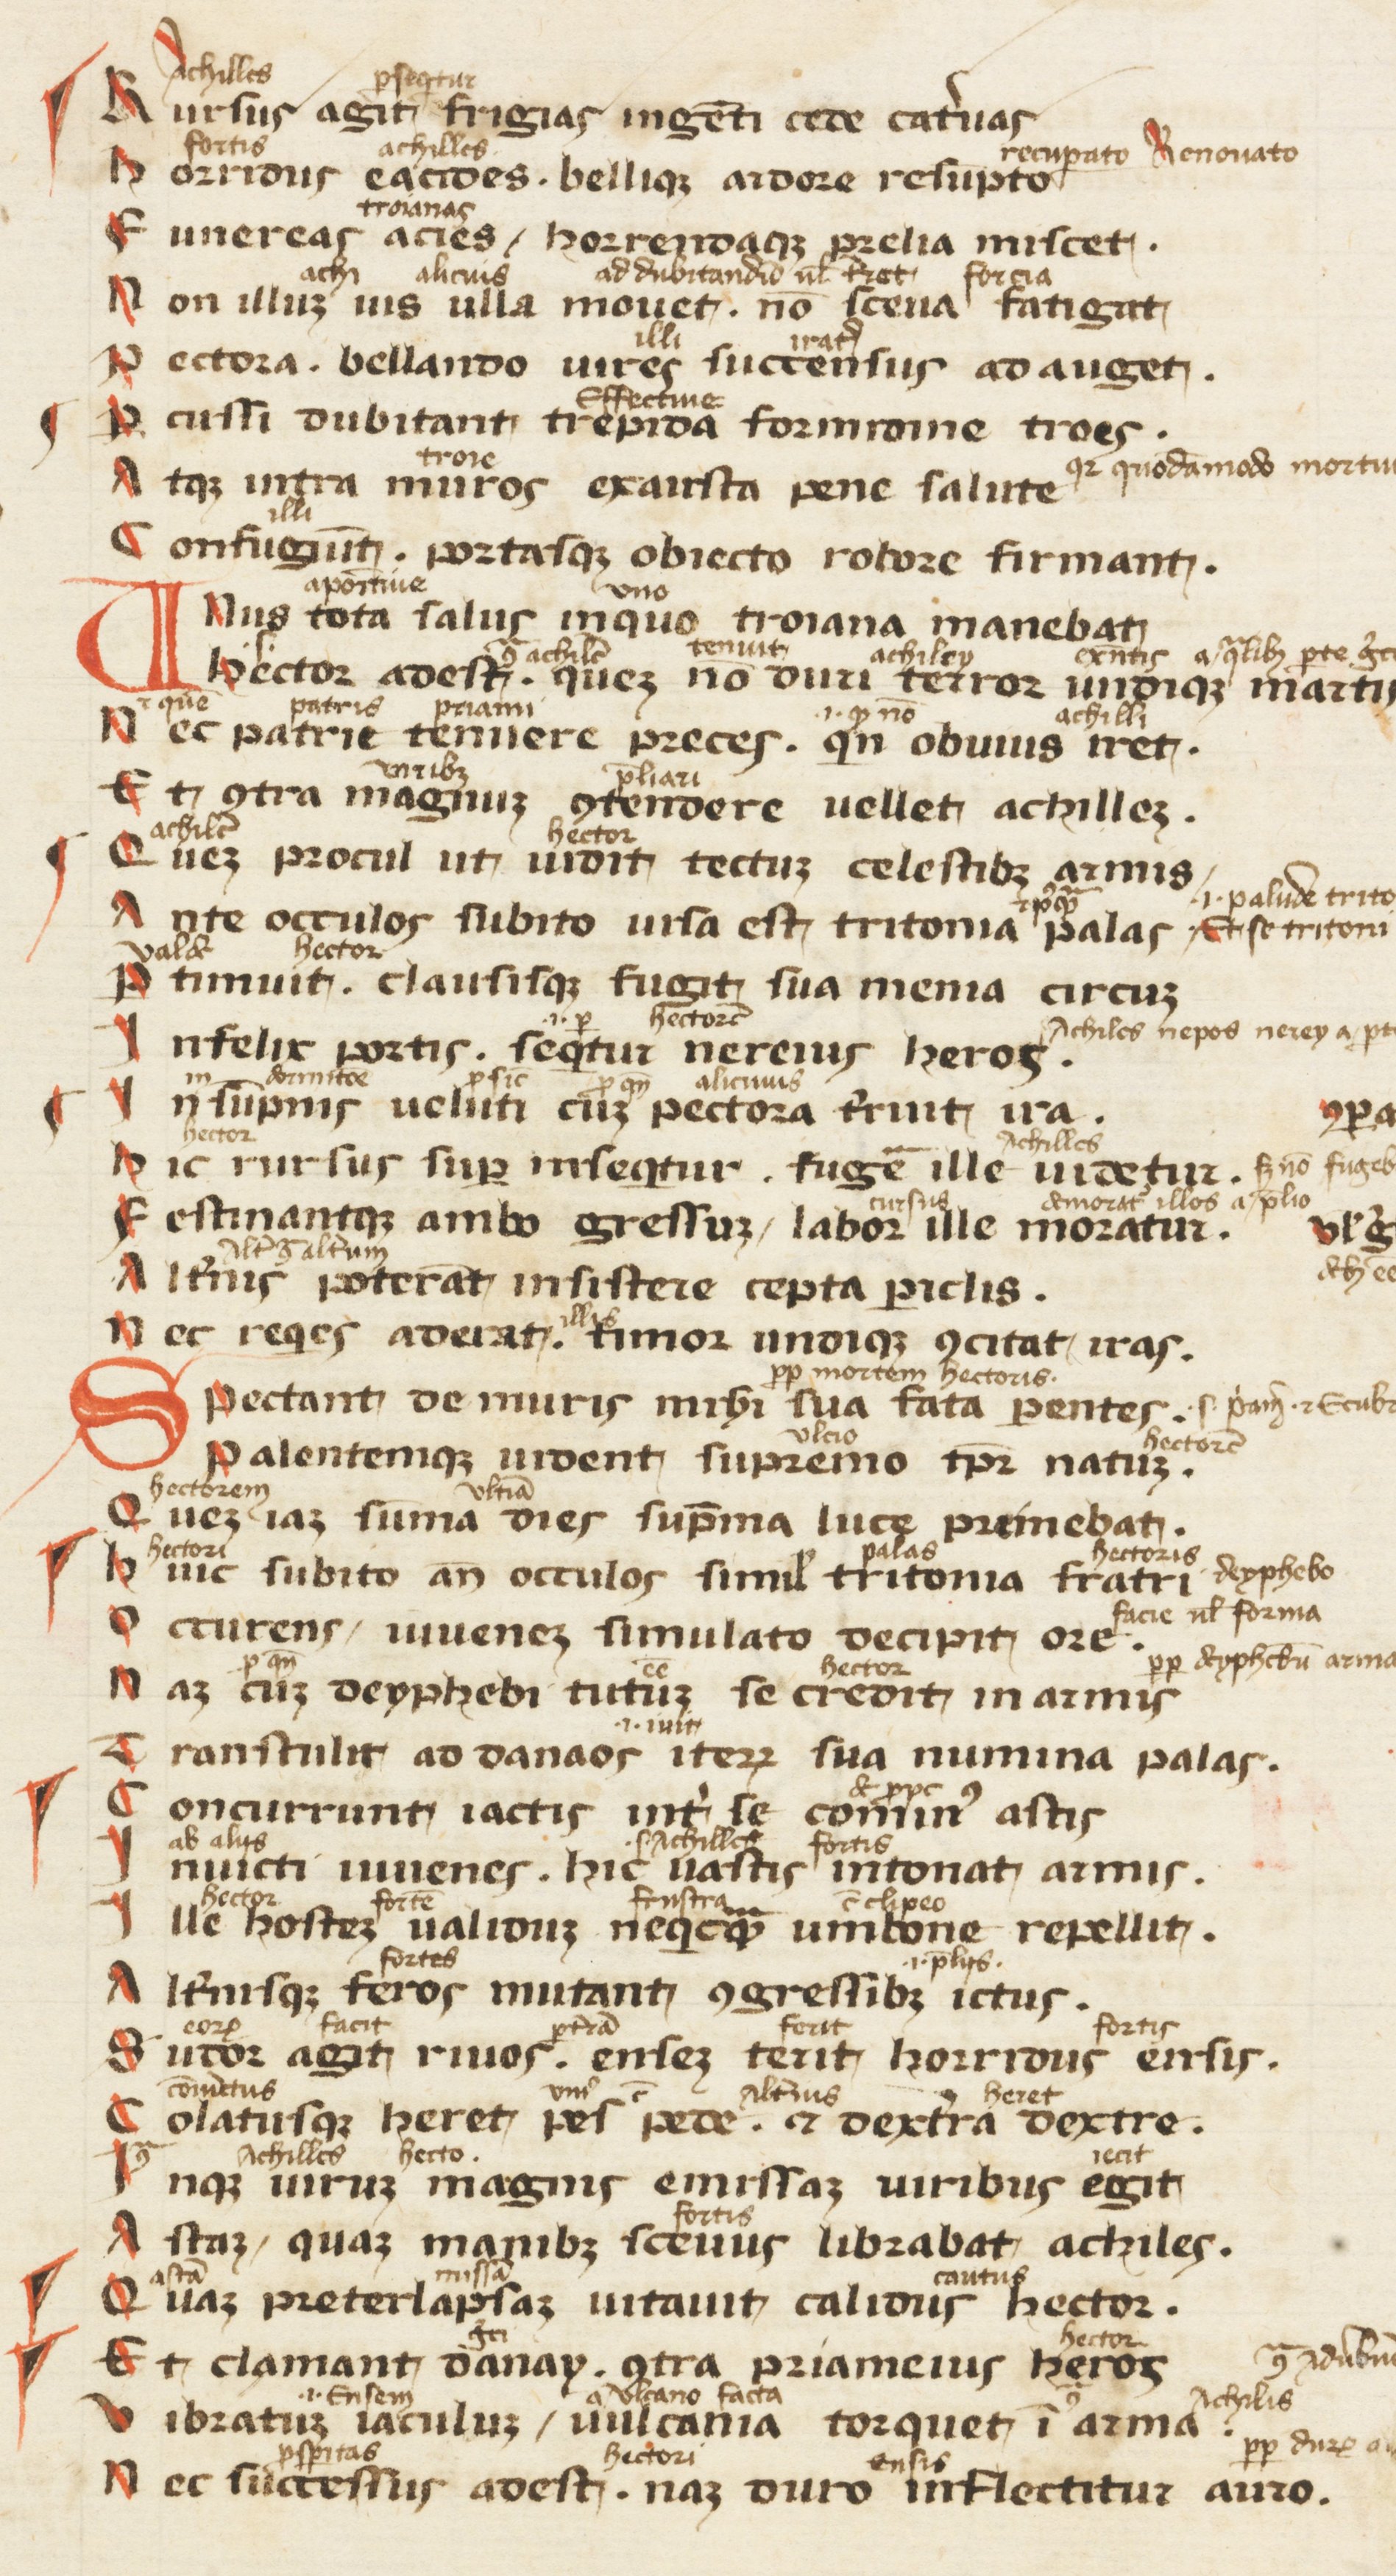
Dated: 1300–1399